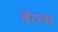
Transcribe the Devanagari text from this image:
बॅरल्स